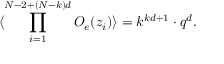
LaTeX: \langle \prod _ { i = 1 } ^ { N - 2 + ( N - k ) d } { \cal O } _ { e } ( z _ { i } ) \rangle = k ^ { k d + 1 } \cdot q ^ { d } .